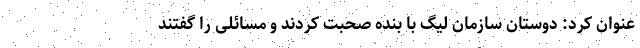
عنوان کرد: دوستان سازمان لیگ با بنده صحبت کردند و مسائلی را گفتند